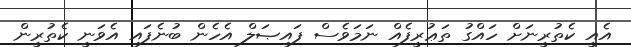
އެއީ ކެތުރީނަށް ހައްގު ތަޢުރީފެއް ނަމަވެސް ފައިޞަލް އެހެން ބުނެފައި އެވަނީ ކެތުރީން